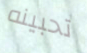
تحبينه